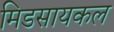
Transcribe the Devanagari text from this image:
मिडसायकल